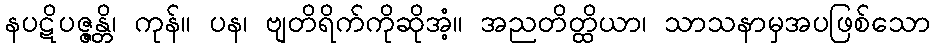
နပဋိပဇ္ဇန္တိ၊ ကုန်။ ပန၊ ဗျတိရိက်ကိုဆိုအံ့။ အညတိတ္ထိယာ၊ သာသနာမှအပဖြစ်သော